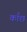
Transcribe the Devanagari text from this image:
काँछ